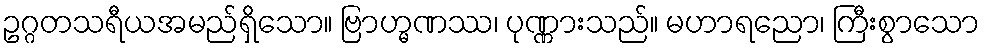
ဥဂ္ဂတသရီယအမည်ရှိသော။ ဗြာဟ္မဏဿ၊ ပုဏ္ဏားသည်။ မဟာရညော၊ ကြီးစွာသော